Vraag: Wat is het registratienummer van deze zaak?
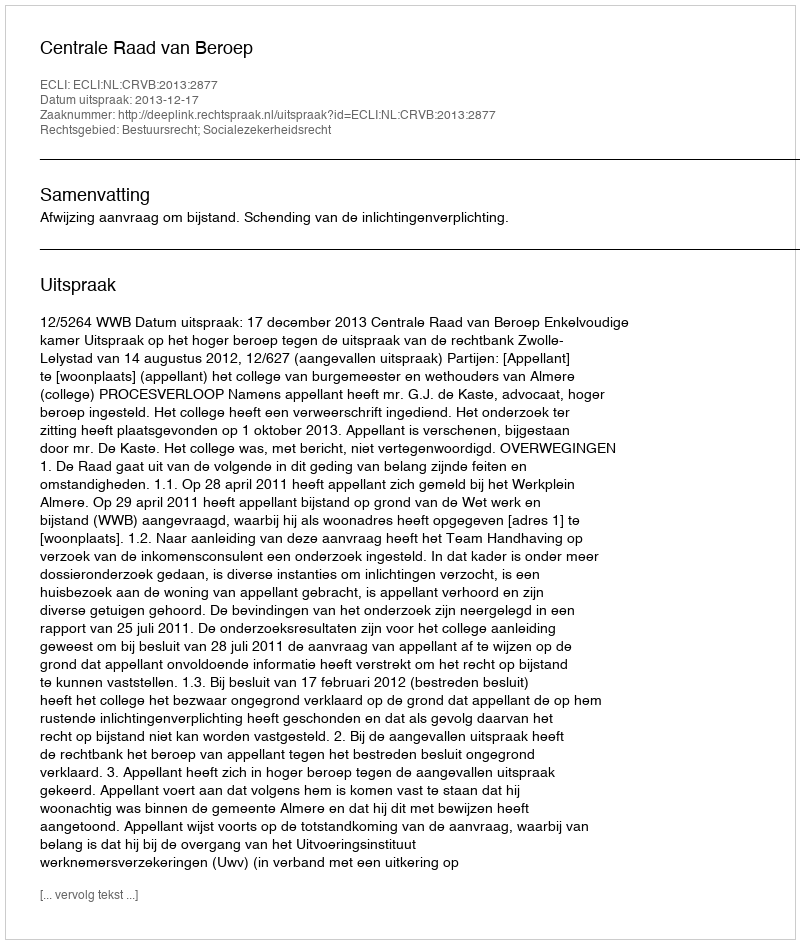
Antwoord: http://deeplink.rechtspraak.nl/uitspraak?id=ECLI:NL:CRVB:2013:2877